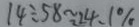
1 4 \div 5 8 \approx 2 4 . 1 \%